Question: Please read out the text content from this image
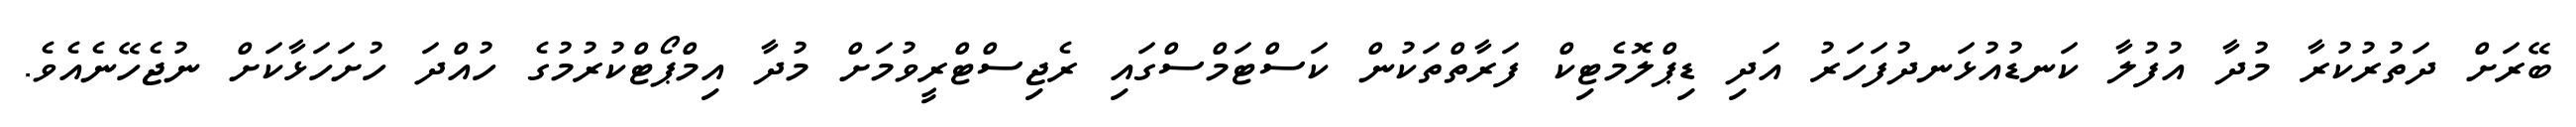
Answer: ބޭރަށް ދަތުރުކުރާ މުދާ އުފުލާ ކަނޑުއުޅަނދުފަހަރު އަދި ޑިޕްލޮމެޓިކް ފަރާތްތަކުން ކަސްޓަމްސްގައި ރެޖިސްޓްރީވުމަށް މުދާ އިމްޕޯޓްކުރުމުގެ ހުއްދަ ހުށަހަޅާކަށް ނުޖެހޭނެއެވެ.